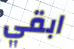
ابقي